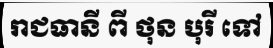
រាជធានី ពី ថុន បុរី ទៅ